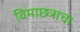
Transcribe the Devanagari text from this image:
विमाछत्राचा